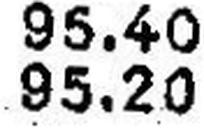
95.20